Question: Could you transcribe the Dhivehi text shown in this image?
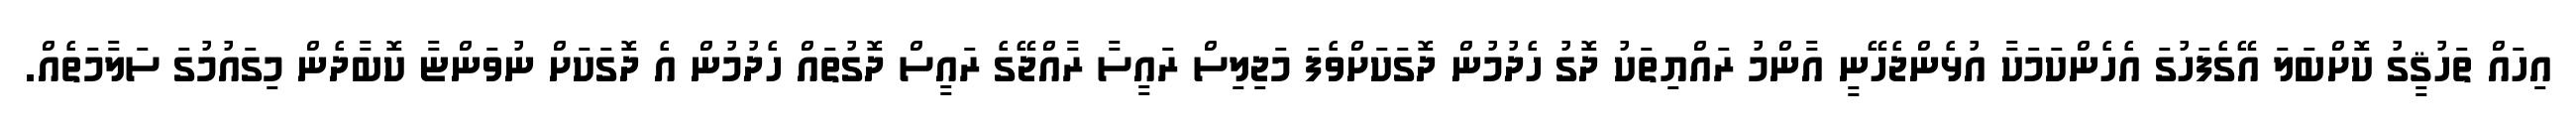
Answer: އިހައް ތަހުޤީގު ކޮށްބަލަ އޭގެފަހުގަ އެހެންކަމަކާ އުޅެންޖެހޭނީ އާންމު ރައްޔިތަކު ދޮގު ހެދުމުން ދޮގަކަށްވެފަ މަޖިލިސް ރައީސާ ރާއްޖޭގެ ރައީސް ދޮގުތައް ހެދުމުން އެ ދޮގަކަށް ނުވަންޏާ ކޮބާދެން މިގައުމުގަ ސަލާމަތެއް.